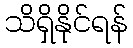
သိရှိနိုင်ရန်